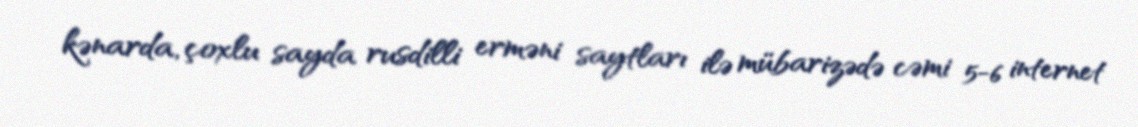
kənarda, çoxlu sayda rusdilli erməni saytları ilə mübarizədə cəmi 5-6 internet